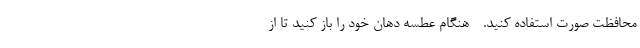
محافظت صورت استفاده کنید. - هنگام عطسه دهان خود را باز کنید تا از